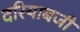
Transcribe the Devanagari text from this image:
दरियाबजी